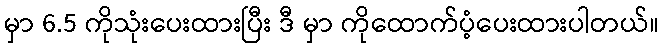
မှာ 6.5 ကိုသုံးပေးထားပြီး ဒီ မှာ ကိုထောက်ပံ့ပေးထားပါတယ်။